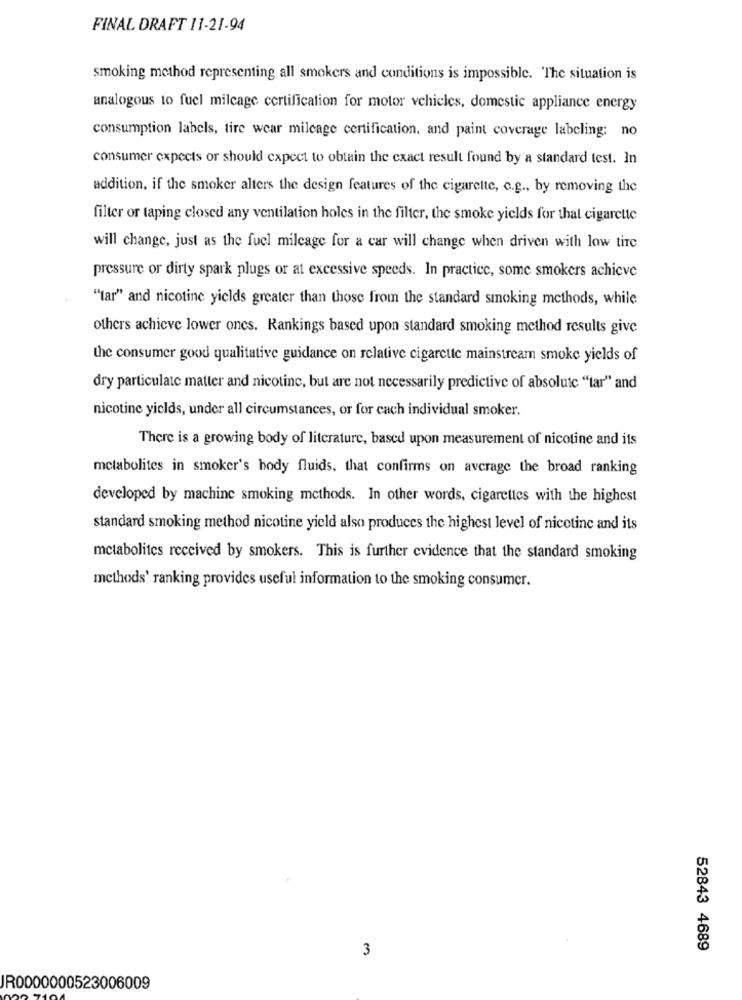
FINAL DRAFT 11-21-94
smoking method representing all smokers and conditions is impossible. The situation is
analogous to fuel mileage certification for motor vehicles, domestic appliance energy
consumption labels, tire wear mileage certification, and paint coverage labeling: no
consumer expects or should expect to obtain the exact result found by a standard test. In
addition, if the smoker alters the design features of the cigarette, c.g ., by removing the
filter or taping closed any ventilation holes in the filter, the smoke yields for that cigarette
will change, just as the fuel mileage for a car will change when driven with low tire
pressure or dirty spark plugs or at excessive speeds. In practice, some smokers achieve
"tar" and nicotine yields greater than those from the standard smoking methods, while
others achieve lower ones. Rankings based upon standard smoking method results give
the consumer good qualitative guidance on relative cigarette mainstream smoke yields of
dry particulate matter and nicotine, but are not necessarily predictive of absolute "tar" and
nicotine yields, under all circumstances, or for cach individual smoker.
There is a growing body of literature, based upon measurement of nicotine and its
metabolites in smoker's body fluids, that confirms on average the broad ranking
developed by machine smoking methods. In other words, cigarettes with the highest
standard smoking method nicotine yield also produces the highest level of nicotine and its
metabolites received by smokers. This is further evidence that the standard smoking
methods' ranking provides useful information to the smoking consumer.
3
52843 4689
JR0000000523006009